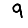
Digit: 9